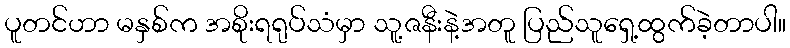
ပူတင်ဟာ မနှစ်က အစိုးရရုပ်သံမှာ သူ့ဇနီးနဲ့အတူ ပြည်သူရှေ့ထွက်ခဲ့တာပါ။